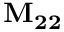
\mathbf { M _ { 2 2 } }